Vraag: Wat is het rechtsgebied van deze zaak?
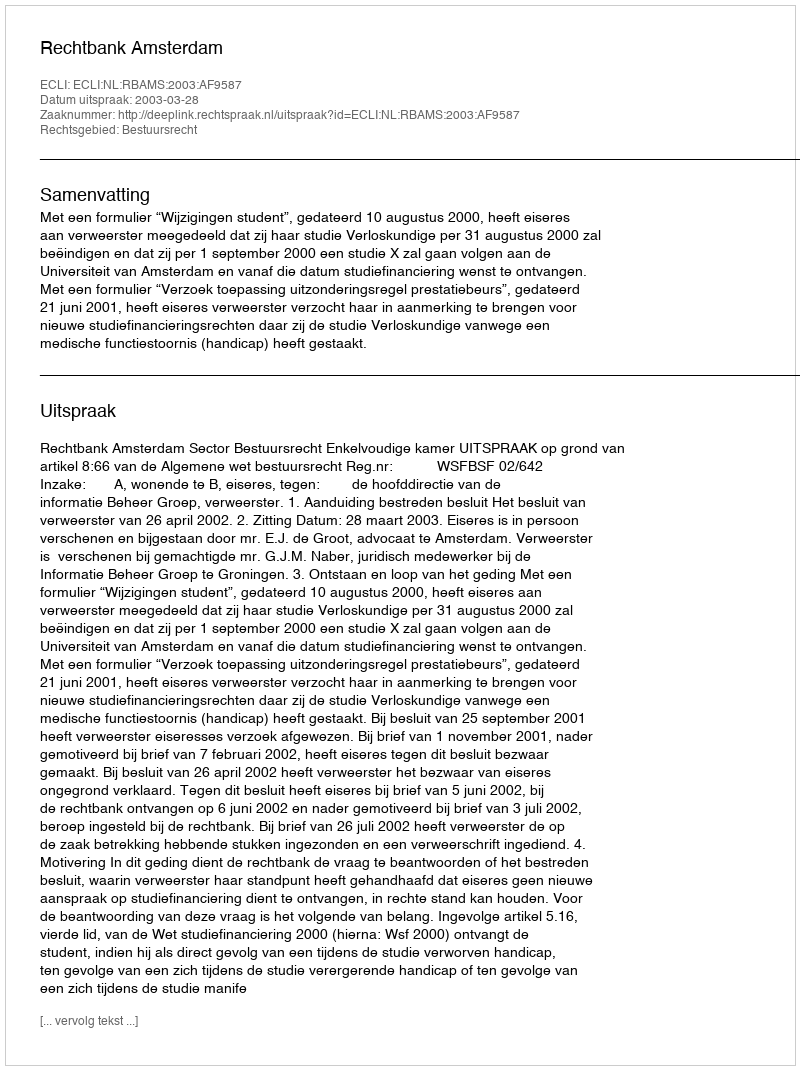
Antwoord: Bestuursrecht